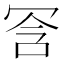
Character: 𫤺